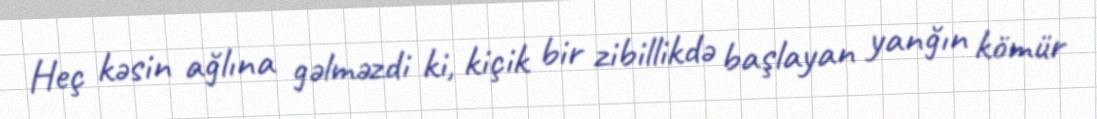
Heç kəsin ağlına gəlməzdi ki, kiçik bir zibillikdə başlayan yanğın kömür